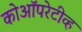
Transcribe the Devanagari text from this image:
कोऑपरेटीव्ह